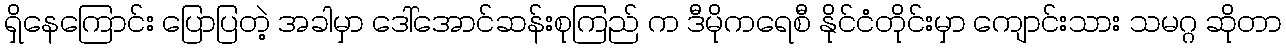
ရှိနေကြောင်း ပြောပြတဲ့ အခါမှာ ဒေါ်အောင်ဆန်းစုကြည် က ဒီမိုကရေစီ နိုင်ငံတိုင်းမှာ ကျောင်းသား သမဂ္ဂ ဆိုတာ